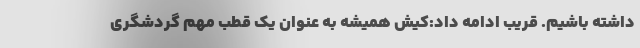
داشته باشیم. قریب ادامه داد:کیش همیشه به عنوان یک قطب مهم گردشگری